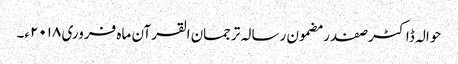
حوالہ ڈاکٹر صفدر مضمون رسالہ ترجمان القرآن ماہ فروری ۲۰۱۸ء۔